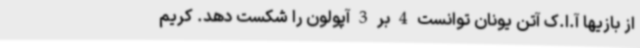
از بازیها آ.ا.ک آتن یونان توانست 4 بر 3 آپولون را شکست دهد. کریم